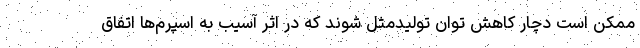
ممکن است دچار کاهش توان تولیدمثل شوند که در اثر آسیب به اسپرم‌ها اتفاق